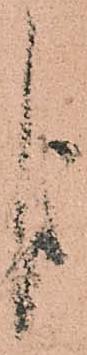
よ